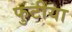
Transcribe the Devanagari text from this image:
फुटीया